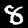
Label: 8